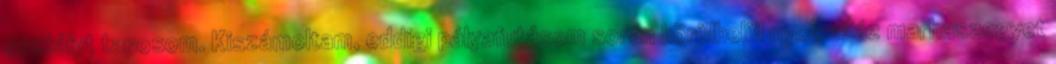
osztályt taposom. Kiszámoltam, eddigi pályafutásom során körülbelül nyolcszáz marhaszegyet